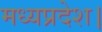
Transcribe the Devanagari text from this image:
मध्‍यप्रदेश।